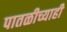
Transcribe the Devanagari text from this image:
पातळीच्याही